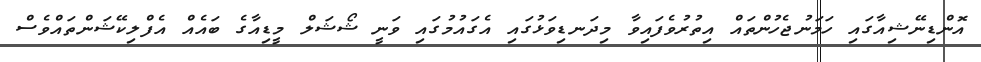
އޮންޑިނޭޝިއާގައި ހަމަނުޖެހުންތައް އިތުރުވެފައިވާ މިދަނޑިވަޅުގައި އެގައުމުގައި ވަނީ ޝޯޝަލް މީޑިއާގެ ބައެއް އެފްލިކޭޝަންތައްވެސް